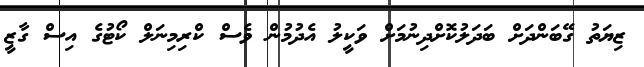
ޒިޔަތު ގޭބަންދަށް ބަދަލުކޮށްދިނުމަށް ވަކީލު އެދުމުން ވެސް ކްރިމިނަލް ކޯޓުގެ އިސް ގާޒީ